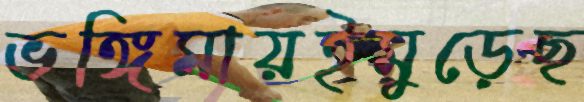
ভঙ্গিমায়ইমুড়েছ